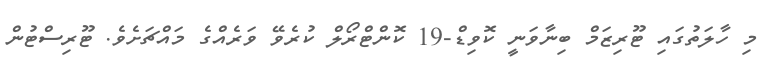
މި ހާލަތުގައި ޓޫރިޒަމް ބިނާވަނީ ކޮވިޑް-19 ކޮންޓްރޯލް ކުރެވޭ ވަރެއްގެ މައްޗަށެވެ. ޓޫރިސްޓުން